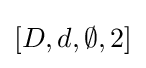
[D,d,\emptyset ,2]